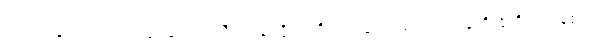
အာဟုနေယျာ၊ အဝေးမှဆောင်၍သီလဝန်ပုဂ္ဂိုလ်တို့အားလှူအပ်သော အလှူကို ခံထိုက်ကုန်၏။